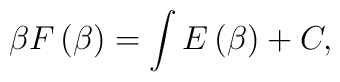
\beta F\left( \beta \right) =\int E\left( \beta \right) +C,